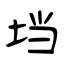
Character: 垱